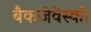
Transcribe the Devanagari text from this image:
बैकजेवेस्की